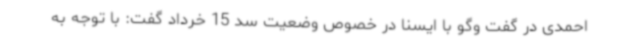
احمدی در گفت وگو با ایسنا در خصوص وضعیت سد 15 خرداد گفت: با توجه به